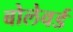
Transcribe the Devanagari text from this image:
बोलेवर्ड